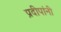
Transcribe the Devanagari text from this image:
प्रदीपांनी